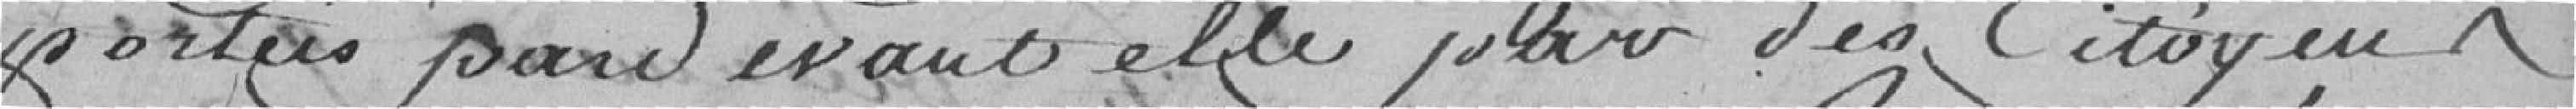
portées par devant elle par des Citoyens